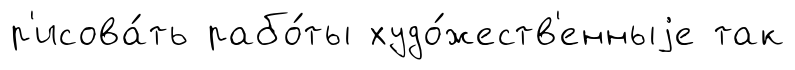
р'исова́ть рабо́ты худо́жеств'енныjе так